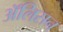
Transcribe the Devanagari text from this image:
अॅलिसन